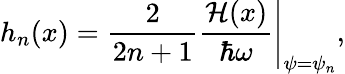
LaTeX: h_{n}({x})=\left.\frac{2}{2n+1}\frac{\mathcal{H}({x})}{\hbar\omega}\right|_{\psi=\psi_{n}},